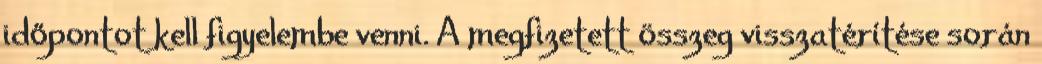
időpontot kell figyelembe venni. A megfizetett összeg visszatérítése során